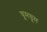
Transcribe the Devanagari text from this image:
घूमघूम